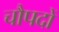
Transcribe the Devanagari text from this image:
चौपदों